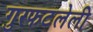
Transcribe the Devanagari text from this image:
गुरफटलेली